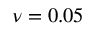
\nu = 0 . 0 5